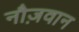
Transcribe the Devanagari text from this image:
नौज़वान